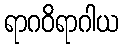
ရာဂဝိရာဂါယ